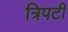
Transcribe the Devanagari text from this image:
त्रिपटी